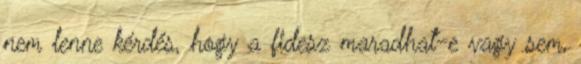
nem lenne kérdés, hogy a fidesz maradhat-e vagy sem,